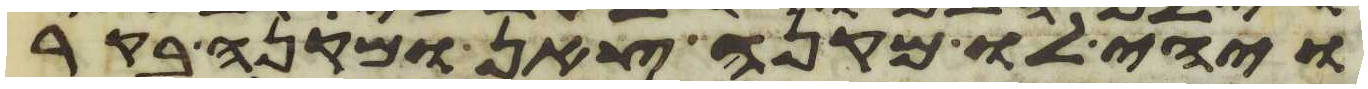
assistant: ויהי לו מקנה צאן ומקנה בקר